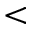
<